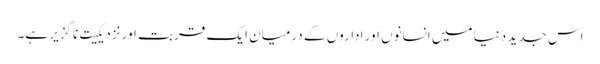
اس جدید دنیا میں انسانوں اور اداروں کے درمیان ایک قربت اور نزدیکیت ناگزیر ہے۔